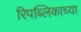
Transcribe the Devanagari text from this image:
रिपब्लिकाच्या